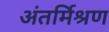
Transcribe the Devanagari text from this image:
अंतर्मिश्रण